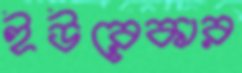
ইউরেকার